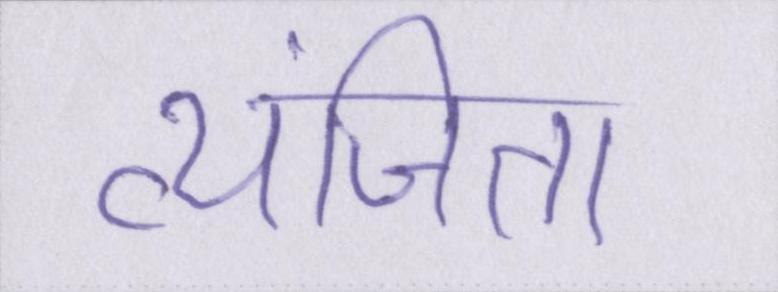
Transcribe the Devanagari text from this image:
व्यंजित